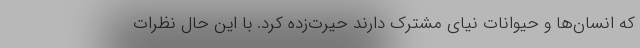
که انسان‌ها و حیوانات نیای مشترک دارند حیرت‌زده کرد. با این حال نظرات